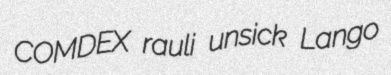
COMDEX rauli unsick Lango